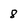
Character: 8